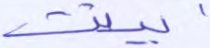
بينت